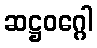
ဆဋ္ဌဝဂ္ဂေါ